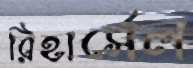
রিহার্সেল